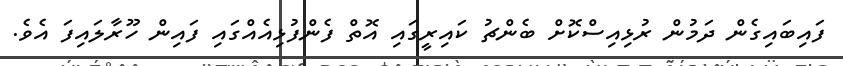
ފައިބައިގެން ދަމުން ރުޅިއިސްކޮށް ބެންޗު ކައިރީގައި އޮތް ފެންފުޅިއެއްގައި ފައިން ހޫރާލައިފަ އެވެ.